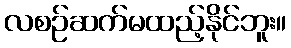
လစဉ်ဆက်မထည့်နိုင်ဘူး။